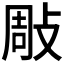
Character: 𢽧